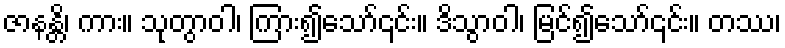
ဇာနန္တိ၊ ကား။ သုတွာဝါ၊ ကြား၍သော်၎င်း။ ဒိသွာဝါ၊ မြင်၍သော်၎င်း။ တဿ၊